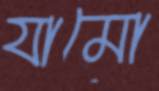
যামো